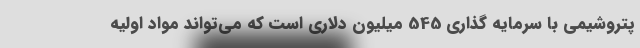
پتروشیمی با سرمایه گذاری 545 میلیون دلاری است که می‌تواند مواد اولیه